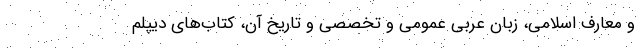
و معارف اسلامی، زبان عربی عمومی و تخصصی و تاریخ آن، کتاب‌های دیپلم